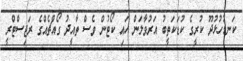
ކަނޑުހުޅުދޫ ކުރީގެ ކުޑަކަތީބު އަރުވާލަން ހައި ކޯޓުން ވެސް ތާއީދު ގޯއްޗެއްގެ ރަޖިސްޓްރީ